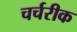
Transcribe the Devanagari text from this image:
चर्चरीक